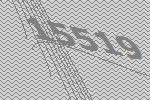
15519